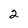
Character: 2